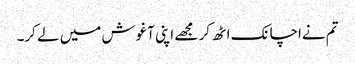
تم نےاچانک اٹھ کر مجھے اپنی آغوش میں لے کر۔